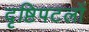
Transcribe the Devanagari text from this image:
दृष्टिपटलों